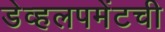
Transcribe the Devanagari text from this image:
डेव्हलपमेंटची